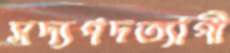
সদ্যপদত্যাগী